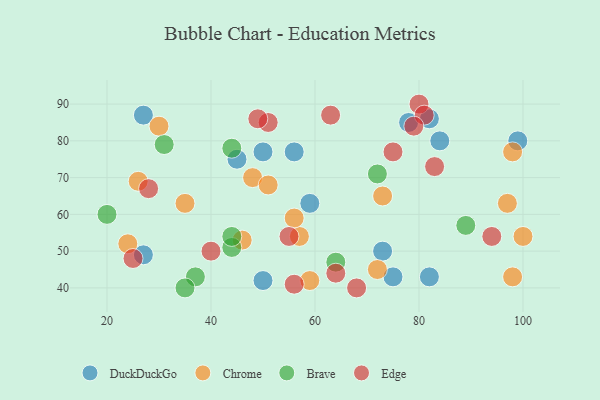
{"axis": {"x": "GDP", "y": "Life Expectancy"}, "legend": ["Brave", "Chrome", "DuckDuckGo", "Edge"], "data": [{"x": "27", "y": 49, "type": "DuckDuckGo"}, {"x": "59", "y": 63, "type": "DuckDuckGo"}, {"x": "84", "y": 80, "type": "DuckDuckGo"}, {"x": "75", "y": 43, "type": "DuckDuckGo"}, {"x": "73", "y": 50, "type": "DuckDuckGo"}, {"x": "78", "y": 85, "type": "DuckDuckGo"}, {"x": "45", "y": 75, "type": "DuckDuckGo"}, {"x": "50", "y": 77, "type": "DuckDuckGo"}, {"x": "56", "y": 77, "type": "DuckDuckGo"}, {"x": "27", "y": 87, "type": "DuckDuckGo"}, {"x": "82", "y": 43, "type": "DuckDuckGo"}, {"x": "50", "y": 42, "type": "DuckDuckGo"}, {"x": "82", "y": 86, "type": "DuckDuckGo"}, {"x": "99", "y": 80, "type": "DuckDuckGo"}, {"x": "30", "y": 84, "type": "Chrome"}, {"x": "72", "y": 45, "type": "Chrome"}, {"x": "24", "y": 52, "type": "Chrome"}, {"x": "57", "y": 54, "type": "Chrome"}, {"x": "59", "y": 42, "type": "Chrome"}, {"x": "46", "y": 53, "type": "Chrome"}, {"x": "100", "y": 54, "type": "Chrome"}, {"x": "48", "y": 70, "type": "Chrome"}, {"x": "51", "y": 68, "type": "Chrome"}, {"x": "98", "y": 77, "type": "Chrome"}, {"x": "56", "y": 59, "type": "Chrome"}, {"x": "73", "y": 65, "type": "Chrome"}, {"x": "97", "y": 63, "type": "Chrome"}, {"x": "98", "y": 43, "type": "Chrome"}, {"x": "26", "y": 69, "type": "Chrome"}, {"x": "35", "y": 63, "type": "Chrome"}, {"x": "20", "y": 60, "type": "Brave"}, {"x": "37", "y": 43, "type": "Brave"}, {"x": "64", "y": 47, "type": "Brave"}, {"x": "44", "y": 51, "type": "Brave"}, {"x": "44", "y": 78, "type": "Brave"}, {"x": "89", "y": 57, "type": "Brave"}, {"x": "72", "y": 71, "type": "Brave"}, {"x": "44", "y": 54, "type": "Brave"}, {"x": "31", "y": 79, "type": "Brave"}, {"x": "35", "y": 40, "type": "Brave"}, {"x": "64", "y": 44, "type": "Edge"}, {"x": "56", "y": 41, "type": "Edge"}, {"x": "51", "y": 85, "type": "Edge"}, {"x": "68", "y": 40, "type": "Edge"}, {"x": "83", "y": 73, "type": "Edge"}, {"x": "80", "y": 90, "type": "Edge"}, {"x": "81", "y": 87, "type": "Edge"}, {"x": "94", "y": 54, "type": "Edge"}, {"x": "40", "y": 50, "type": "Edge"}, {"x": "63", "y": 87, "type": "Edge"}, {"x": "25", "y": 48, "type": "Edge"}, {"x": "79", "y": 84, "type": "Edge"}, {"x": "55", "y": 54, "type": "Edge"}, {"x": "49", "y": 86, "type": "Edge"}, {"x": "75", "y": 77, "type": "Edge"}, {"x": "28", "y": 67, "type": "Edge"}]}